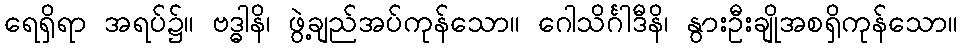
ရေရှိရာ အရပ်၌။ ဗဒ္ဓါနိ၊ ဖွဲ့ချည်အပ်ကုန်သော။ ဂေါသိင်္ဂါဒီနိ၊ နွားဦးချိုအစရှိကုန်သော။